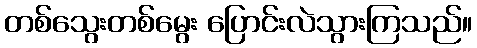
တစ်သွေးတစ်မွေး ပြောင်းလဲသွားကြသည်။